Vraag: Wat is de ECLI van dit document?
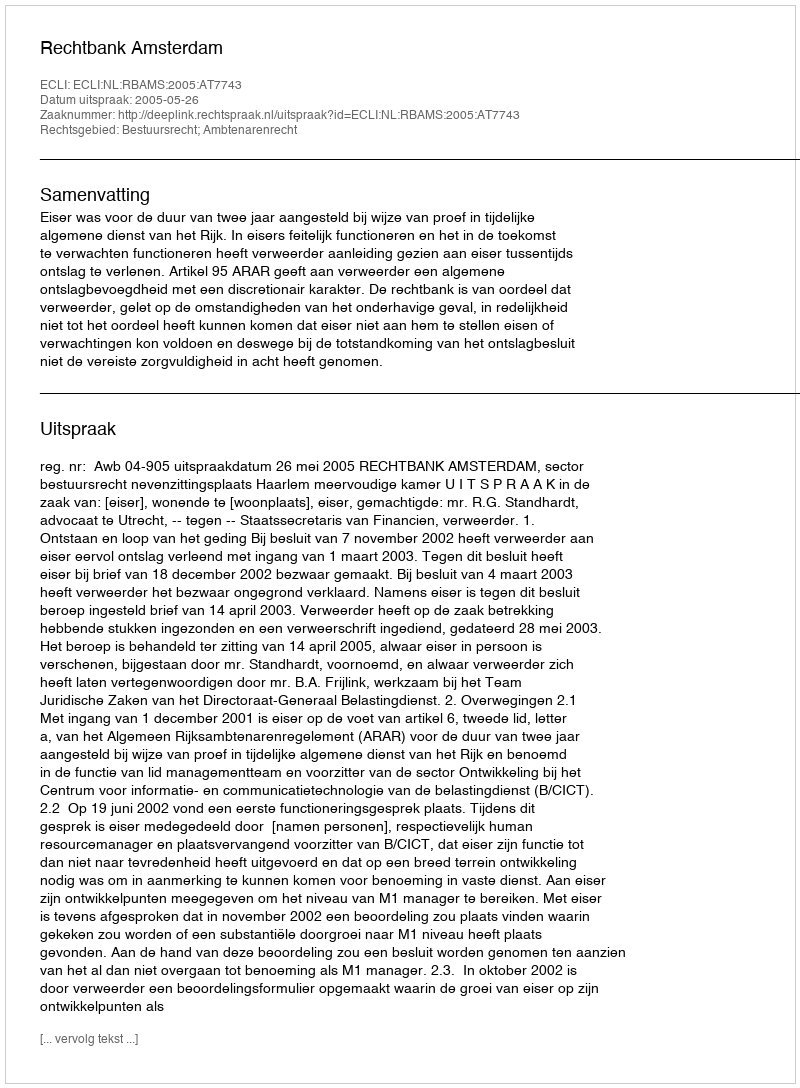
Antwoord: ECLI:NL:RBAMS:2005:AT7743